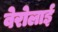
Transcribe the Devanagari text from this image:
वेरोलाई